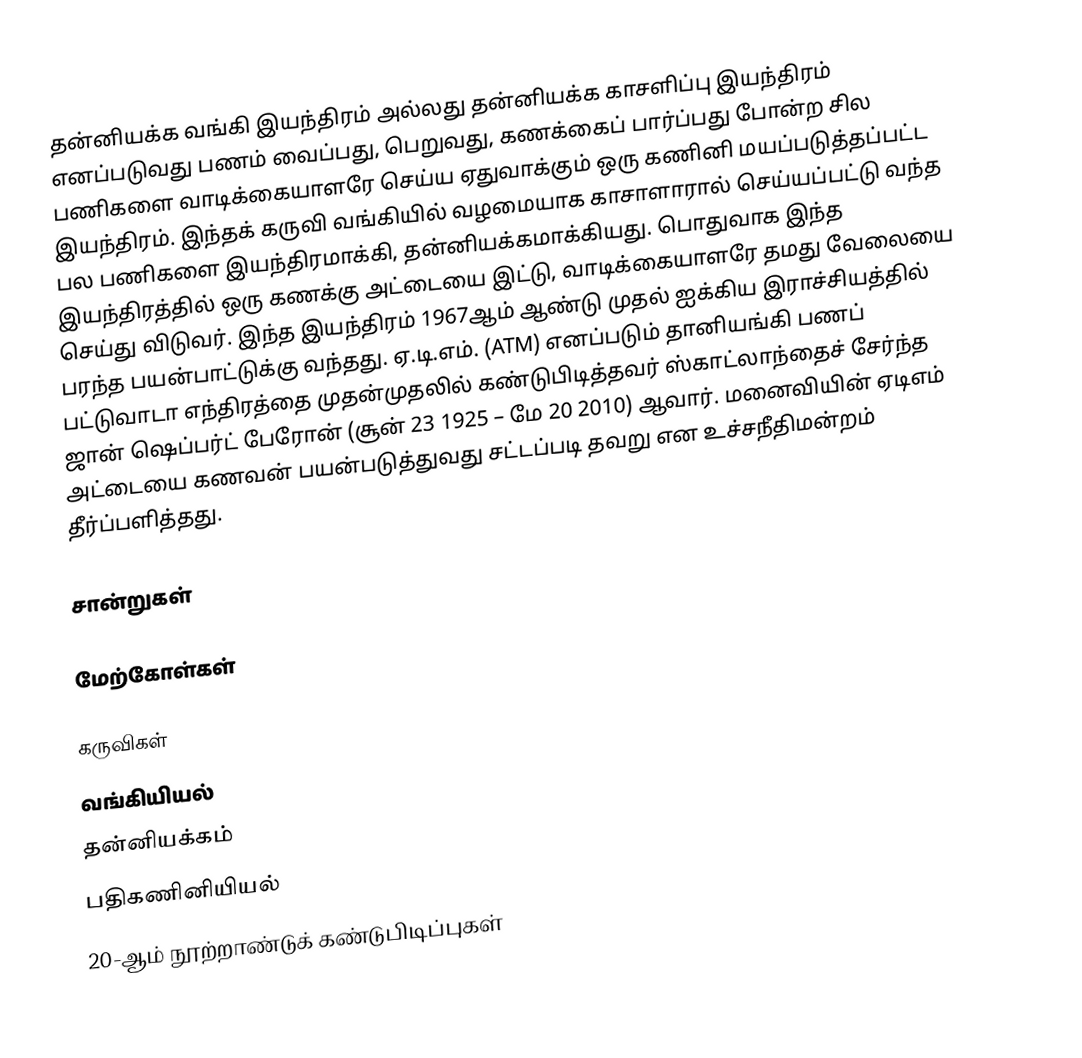
தன்னியக்க வங்கி இயந்திரம் அல்லது தன்னியக்க காசளிப்பு இயந்திரம் எனப்படுவது பணம் வைப்பது, பெறுவது, கணக்கைப் பார்ப்பது போன்ற சில பணிகளை வாடிக்கையாளரே செய்ய ஏதுவாக்கும் ஒரு கணினி மயப்படுத்தப்பட்ட இயந்திரம். இந்தக் கருவி வங்கியில் வழமையாக காசாளாரால் செய்யப்பட்டு வந்த பல பணிகளை இயந்திரமாக்கி, தன்னியக்கமாக்கியது. பொதுவாக இந்த இயந்திரத்தில் ஒரு கணக்கு அட்டையை இட்டு, வாடிக்கையாளரே தமது வேலையை செய்து விடுவர். இந்த இயந்திரம் 1967ஆம் ஆண்டு முதல் ஐக்கிய இராச்சியத்தில் பரந்த பயன்பாட்டுக்கு வந்தது. ஏ.டி.எம். (ATM) எனப்படும் தானியங்கி பணப் பட்டுவாடா எந்திரத்தை முதன்முதலில் கண்டுபிடித்தவர் ஸ்காட்லாந்தைச் சேர்ந்த ஜான் ஷெப்பர்ட் பேரோன் (சூன் 23 1925 – மே 20 2010) ஆவார். மனைவியின் ஏடிஎம் அட்டையை கணவன் பயன்படுத்துவது சட்டப்படி தவறு என உச்சநீதிமன்றம் தீர்ப்பளித்தது.

சான்றுகள்

மேற்கோள்கள்

கருவிகள்
வங்கியியல்
தன்னியக்கம்
பதிகணினியியல்
20-ஆம் நூற்றாண்டுக் கண்டுபிடிப்புகள்